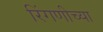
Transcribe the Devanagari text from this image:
रिंगणीच्या